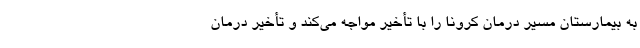
به بیمارستان مسیر درمان کرونا را با تأخیر مواجه می‌کند و تأخیر درمان